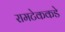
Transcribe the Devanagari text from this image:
रामटेककडे